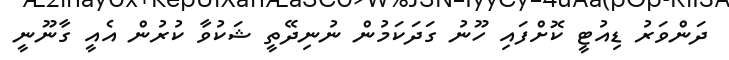
ދަންވަރު ޑިއުޓީ ކޮށްފައި ހޫނު ގަދަކަމުން ނުނިދޭތީ ޝަކުވާ ކުރުން އެއީ ގާނޫނީ